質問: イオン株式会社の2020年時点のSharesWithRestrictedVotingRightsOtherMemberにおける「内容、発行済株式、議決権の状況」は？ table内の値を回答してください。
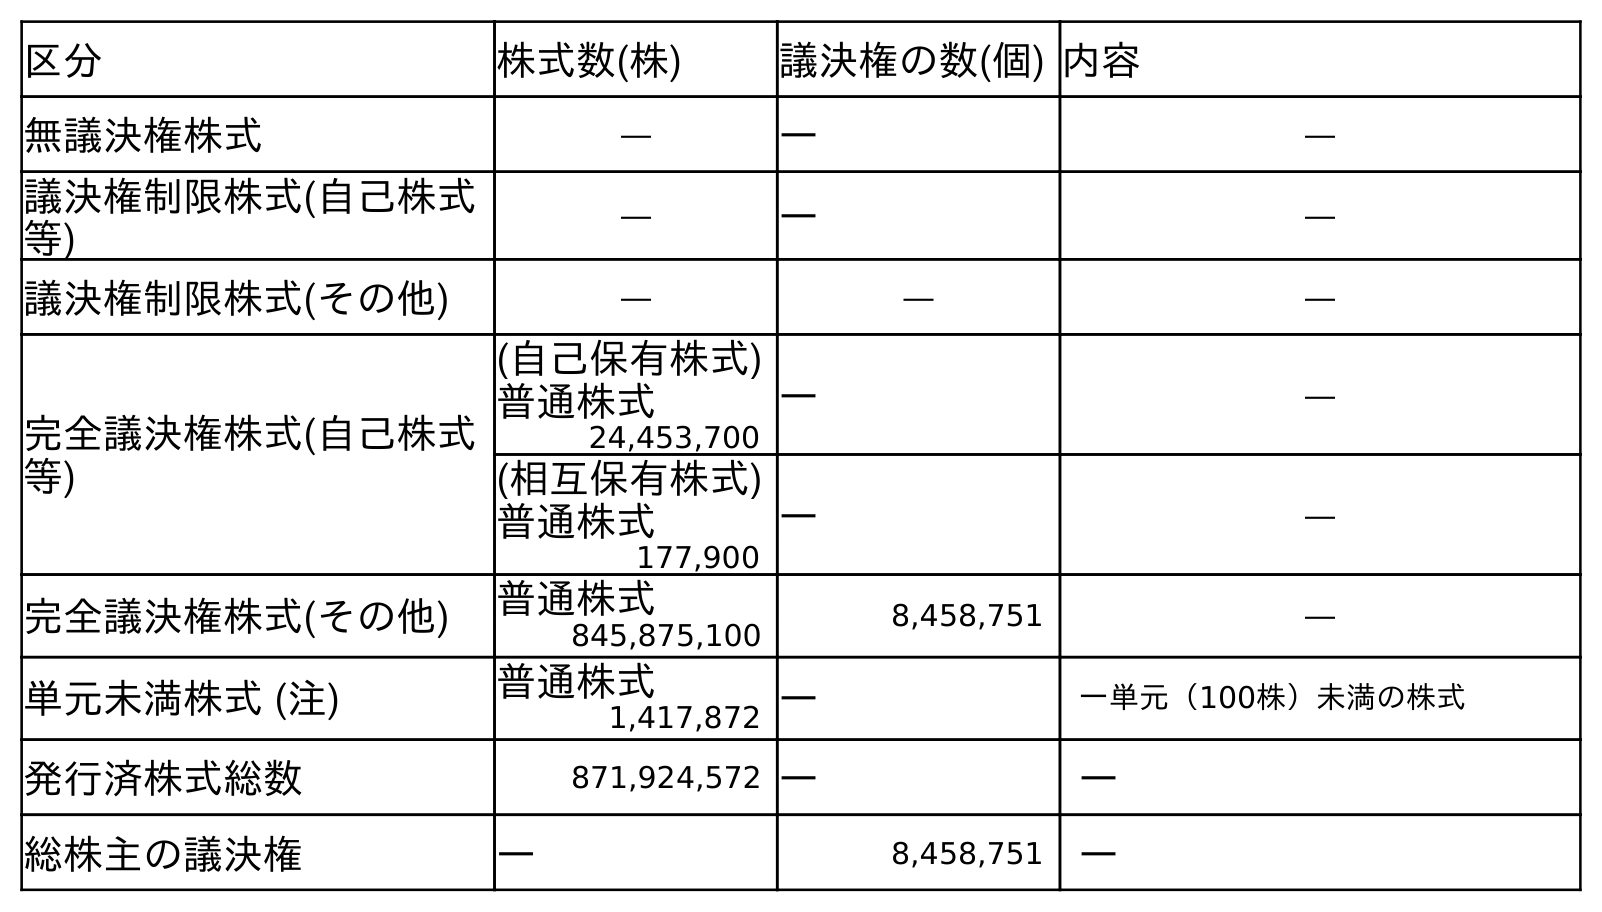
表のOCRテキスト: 区分 株式数(株) 議決権の数(個) 内容 無議決権株式 ― ― ― 議決権制限株式(自己株式 等) ― ― ― 議決権制限株式(その他) ― ― ― 完全議決権株式(自己株式 等) (自己保有株式) ― ― 普通株式 24,453,700 (相互保有株式) ― ― 普通株式 177,900 完全議決権株式(その他) 普通株式 8,458,751 ― 845,875,100 単元未満株式 (注) 普通株式 ― 一単元（100株）未満の株式 1,417,872 発行済株式総数 871,924,572 ― ― 総株主の議決権 ― 8,458,751 ―
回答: ―